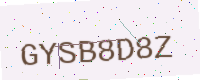
Text: GYSB8D8Z